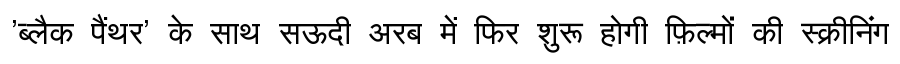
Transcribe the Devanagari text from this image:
'ब्लैक पैंथर' के साथ सऊदी अरब में फिर शुरू होगी फ़िल्मों की स्क्रीनिंग